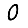
Digit: 0